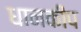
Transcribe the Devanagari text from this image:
धानकीप